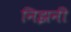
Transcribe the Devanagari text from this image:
निझनी